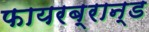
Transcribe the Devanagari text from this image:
फायरब्रान्ड